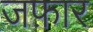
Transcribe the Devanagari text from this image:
जफ़ार